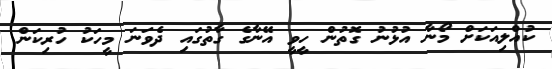
ކުއްލިއަކަށް މޯނާ އުޅުނު ގޮތުން ހީވީ އޭނާގެ ގާތުގައި ދެވަނަ މީހަކު ހުރިކަން